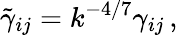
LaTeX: \tilde{\gamma}_{ij}=k^{-4/7}\gamma_{ij}\, ,